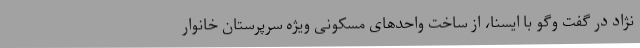
نژاد در گفت وگو با ایسنا، از ساخت واحدهای مسکونی ویژه سرپرستان خانوار